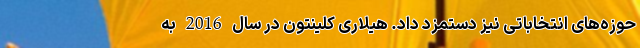
حوزه‌های انتخاباتی نیز دستمزد داد. هیلاری کلینتون در سال 2016 به